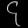
Digit: ၄